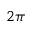
2 \pi